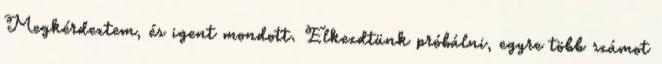
Megkérdeztem, és igent mondott. Elkezdtünk próbálni, egyre több számot